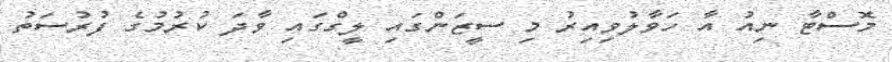
މޮސްޓާ ނިއު އާ ހަވާލުވިއިރު މި ސީޒަންގައި ލީގްގައި ވާދަ ކުރުމުގެ ފުރުސަތު